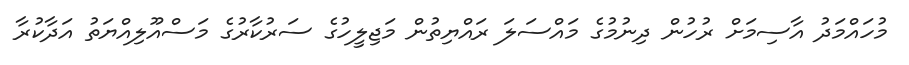
މުހައްމަދު އާސިމަށް ރުހުން ދިނުމުގެ މައްސަލަ ރައްޔިތުން މަޖިލީހުގެ ސަރުކާރުގެ މަސްއޫލިއްޔަތު އަދާކުރާ